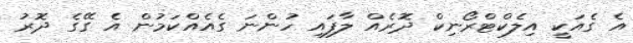
އެ ގެއަކީ އިލެކްޓްރޯނިކް ދޮރެއް ލާފައި ހުންނަ ގެއެއްކަމުން އެ ގޭގެ ދޮރު